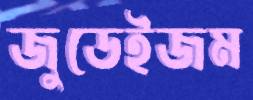
জুডেইজম